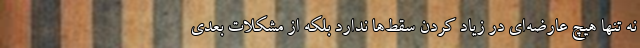
نه تنها هیچ عارضه‌ای در زیاد کردن سقط‌ها ندارد بلکه از مشکلات بعدی